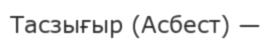
Тасзығыр (Асбест) —